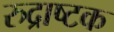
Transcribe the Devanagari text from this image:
रुद्राष्टक